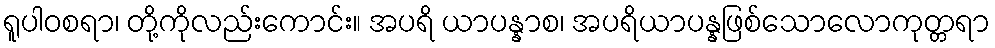
ရူပါဝစရာ၊ တို့ကိုလည်းကောင်း။ အပရိ ယာပန္နာစ၊ အပရိယာပန္နဖြစ်သောလောကုတ္တရာ